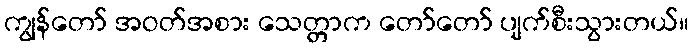
ကျွန်တော် အဝတ်အစား သေတ္တာက တော်တော် ပျက်စီးသွားတယ်။